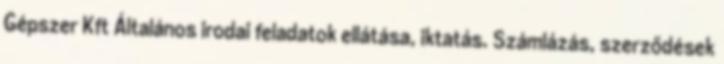
Gépszer Kft Általános irodai feladatok ellátása, iktatás. Számlázás, szerződések